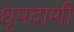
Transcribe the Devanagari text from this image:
धृपदाशी